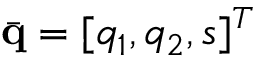
\bar { \bf q } = [ q _ { 1 } , q _ { 2 } , s ] ^ { T }